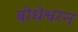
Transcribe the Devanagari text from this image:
बोधेश्वरन